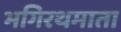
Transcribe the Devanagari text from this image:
भगिरथमाता